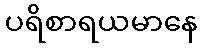
ပရိစာရယမာနေ